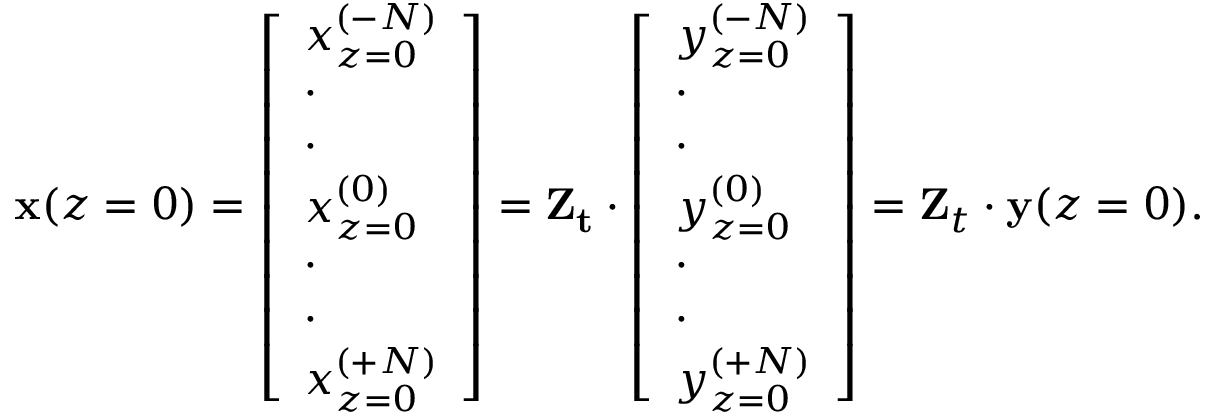
\mathbf { x } ( z = 0 ) = \left[ \begin{array} { l } { x _ { z = 0 } ^ { ( - N ) } } \\ { \cdot } \\ { \cdot } \\ { x _ { z = 0 } ^ { ( 0 ) } } \\ { \cdot } \\ { \cdot } \\ { x _ { z = 0 } ^ { ( + N ) } } \end{array} \right] = \mathbf { Z _ { t } } \cdot \left[ \begin{array} { l } { y _ { z = 0 } ^ { ( - N ) } } \\ { \cdot } \\ { \cdot } \\ { y _ { z = 0 } ^ { ( 0 ) } } \\ { \cdot } \\ { \cdot } \\ { y _ { z = 0 } ^ { ( + N ) } } \end{array} \right] = \mathbf { Z } _ { t } \cdot \mathbf { y } ( z = 0 ) .